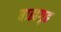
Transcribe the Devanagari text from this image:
बाह्यगृह